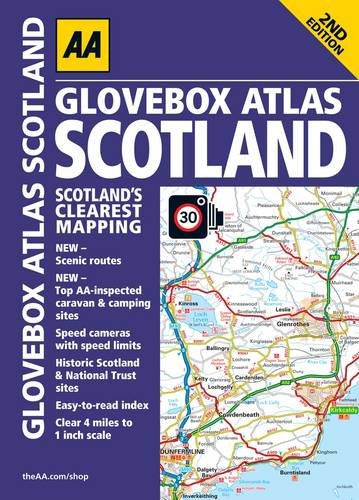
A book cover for Glovebox Atlas Scotland SP; AA Publishing; Travel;